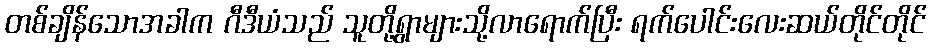
တစ်ချိန်သောအခါက ဂီဒီယံသည် သူတို့ရွာများသို့လာရောက်ပြီး ရက်ပေါင်းလေးဆယ်တိုင်တိုင်